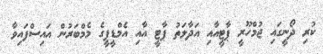
ކުރި ދޯނީގައި ޖުމްހޫރީ ޕާޓީއާއި އަދާލަތު ޕާޓީ އާއި އެމްޑީޕީގެ މެމްބަރުން އައިސްފައިވާ